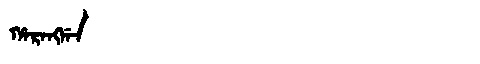
Manchu: ᡥᠠᡵᠠᠩᡤᠠ
Romanization: HARANGGA